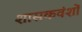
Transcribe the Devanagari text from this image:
शासकवंशों